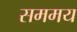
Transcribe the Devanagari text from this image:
सममय